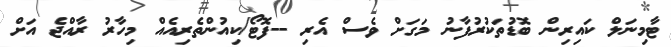
ޓާމިނަލް ކައިރިން ބޮޑުތަކުރުފާނު މަގަށް ވެސް އެރި --ފޮޓޯ/ކިއުންތެރިއެއް މިހާރު ރާއްޖެ އަށް